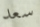
سعد